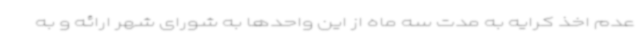
عدم اخذ کرایه به مدت سه ماه از این واحدها به شورای شهر ارائه و به